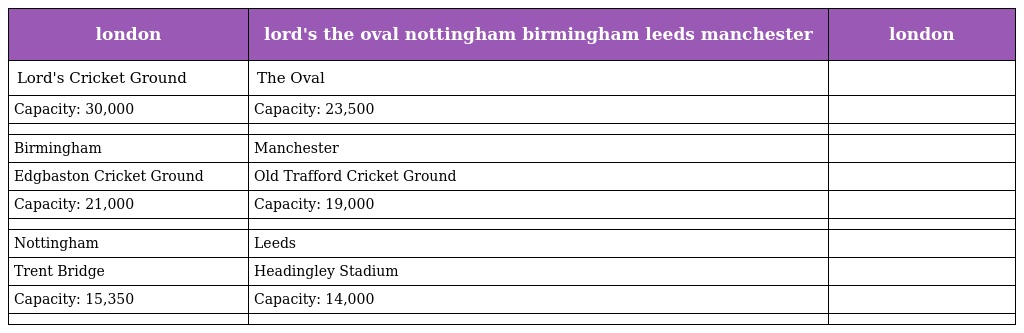
| london | lord's the oval nottingham birmingham leeds manchester | london |
 | --- | --- | --- |
 | Lord's Cricket Ground | The Oval |  |
 | Capacity: 30,000 | Capacity: 23,500 |  |
 |  |  |  |
 | Birmingham | Manchester |  |
 | Edgbaston Cricket Ground | Old Trafford Cricket Ground |  |
 | Capacity: 21,000 | Capacity: 19,000 |  |
 |  |  |  |
 | Nottingham | Leeds |  |
 | Trent Bridge | Headingley Stadium |  |
 | Capacity: 15,350 | Capacity: 14,000 |  |
 |  |  |  |